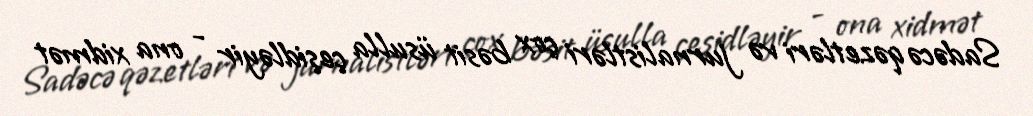
Sadəcə qəzetləri və jurnalistləri çox bəsit üsulla çeşidləyir - ona xidmət